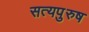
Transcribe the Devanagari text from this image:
सत्यपुरुष